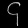
Digit: ၄